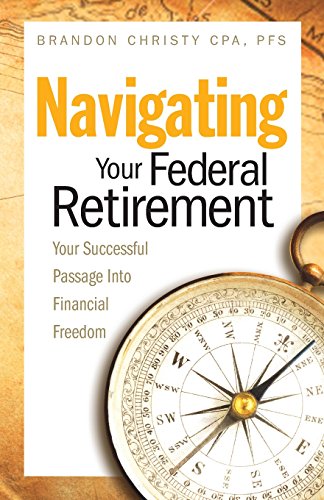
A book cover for Navigating Your Federal Retirement: Your Successful Passage Into Financial Freedom; Brandon Christy CPA PFS; Business & Money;